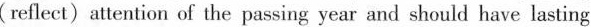
(reflect) attention of the passing year and should have lasting